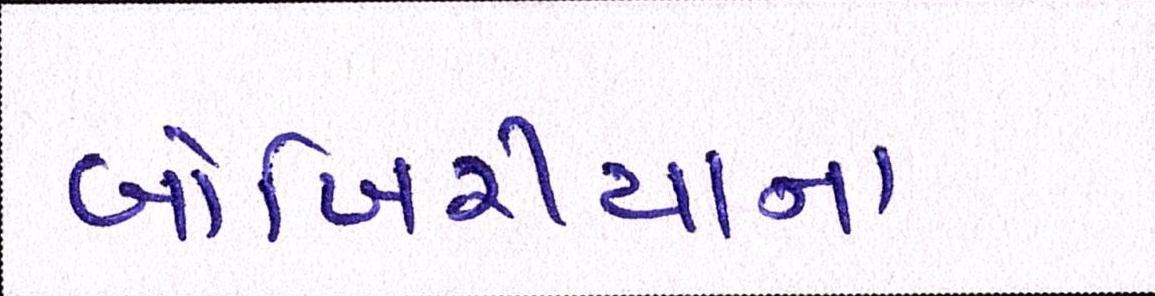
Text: બોખિરીયાના